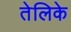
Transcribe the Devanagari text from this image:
तेलिके